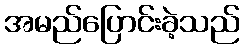
အမည်ပြောင်းခဲ့သည်